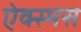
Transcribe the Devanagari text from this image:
ऐक्स्मस